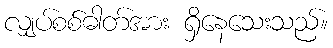
လျှပ်စစ်ဓါတ်အား ရှိနေသေးသည်။